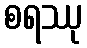
စရဿု